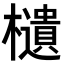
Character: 𣟧